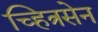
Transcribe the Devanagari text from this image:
च्हित्रसेन